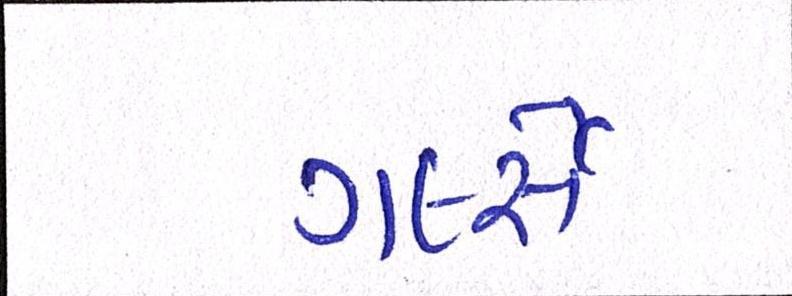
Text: ગર્લ્સે